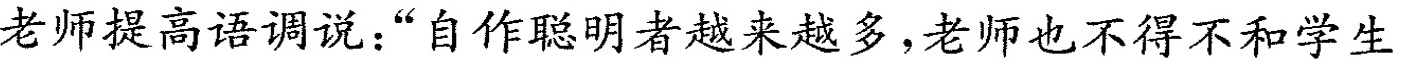
老师提高语调说：”自作聪明者越来越多，老师也不得不和学生